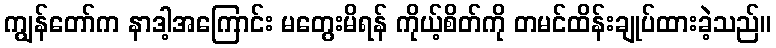
ကျွန်တော်က နာဒါ့အကြောင်း မတွေးမိရန် ကိုယ့်စိတ်ကို တမင်ထိန်းချုပ်ထားခဲ့သည်။